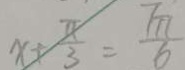
x + \frac { \pi } { 3 } = \frac { 7 \pi } { 6 }